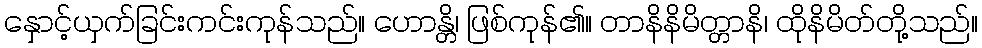
နှောင့်ယှက်ခြင်းကင်းကုန်သည်။ ဟောန္တိ၊ ဖြစ်ကုန်၏။ တာနိနိမိတ္တာနိ၊ ထိုနိမိတ်တို့သည်။